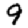
Digit: 9